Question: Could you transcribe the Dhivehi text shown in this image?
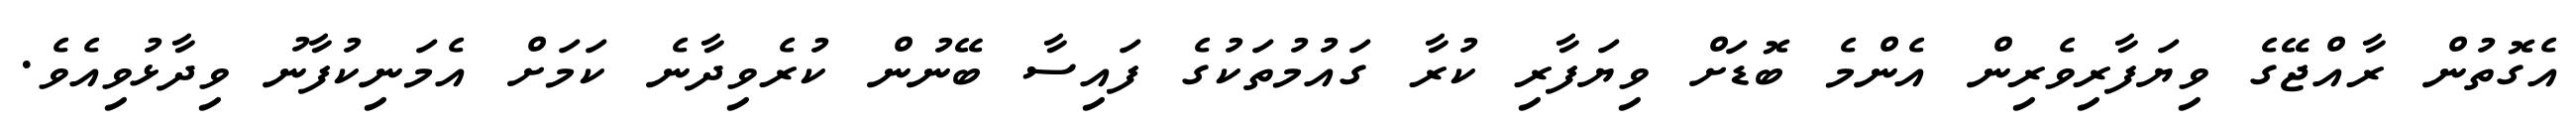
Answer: އެގޮތުން ރާއްޖޭގެ ވިޔަފާރިވެރިން އެންމެ ބޮޑަށް ވިޔަފާރި ކުރާ ގައުމުތަކުގެ ފައިސާ ބޭނުން ކުރެވިދާނެ ކަމަށް އެމަނިކުފާނު ވިދާޅުވިއެވެ.